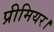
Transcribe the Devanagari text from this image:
प्रीमियर।